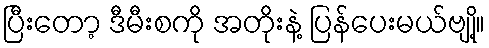
ပြီးတော့ ဒီမီးစကို အတိုးနဲ့ ပြန်ပေးမယ်ဗျို့။